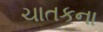
ચાતકના